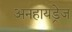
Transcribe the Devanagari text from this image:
अनहायड्रेज